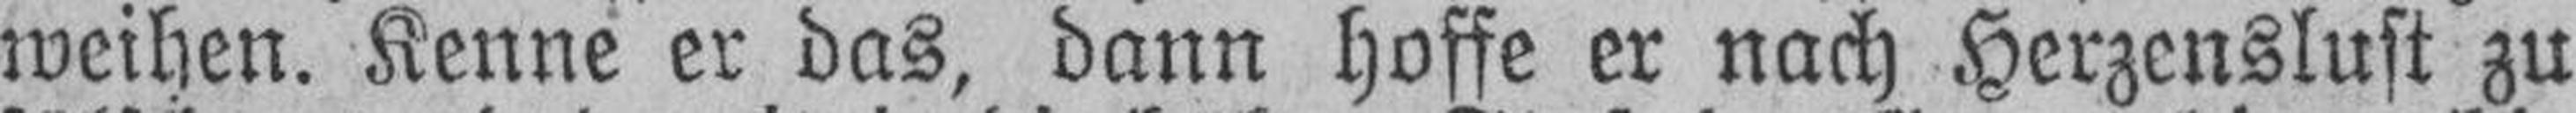
weihen. Kenne er das, dann hoffe er nach Herzenslust zu